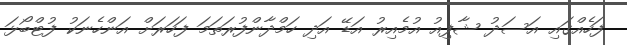
ފަހެއްގައި އަސަދު ޝާފިއު އުމެއިރު އަޑޭ އަދި ހަމްދާންފުރަތަމަ ފަހަރަށް އަންހެނަކު ފުޓްބޯޅަ